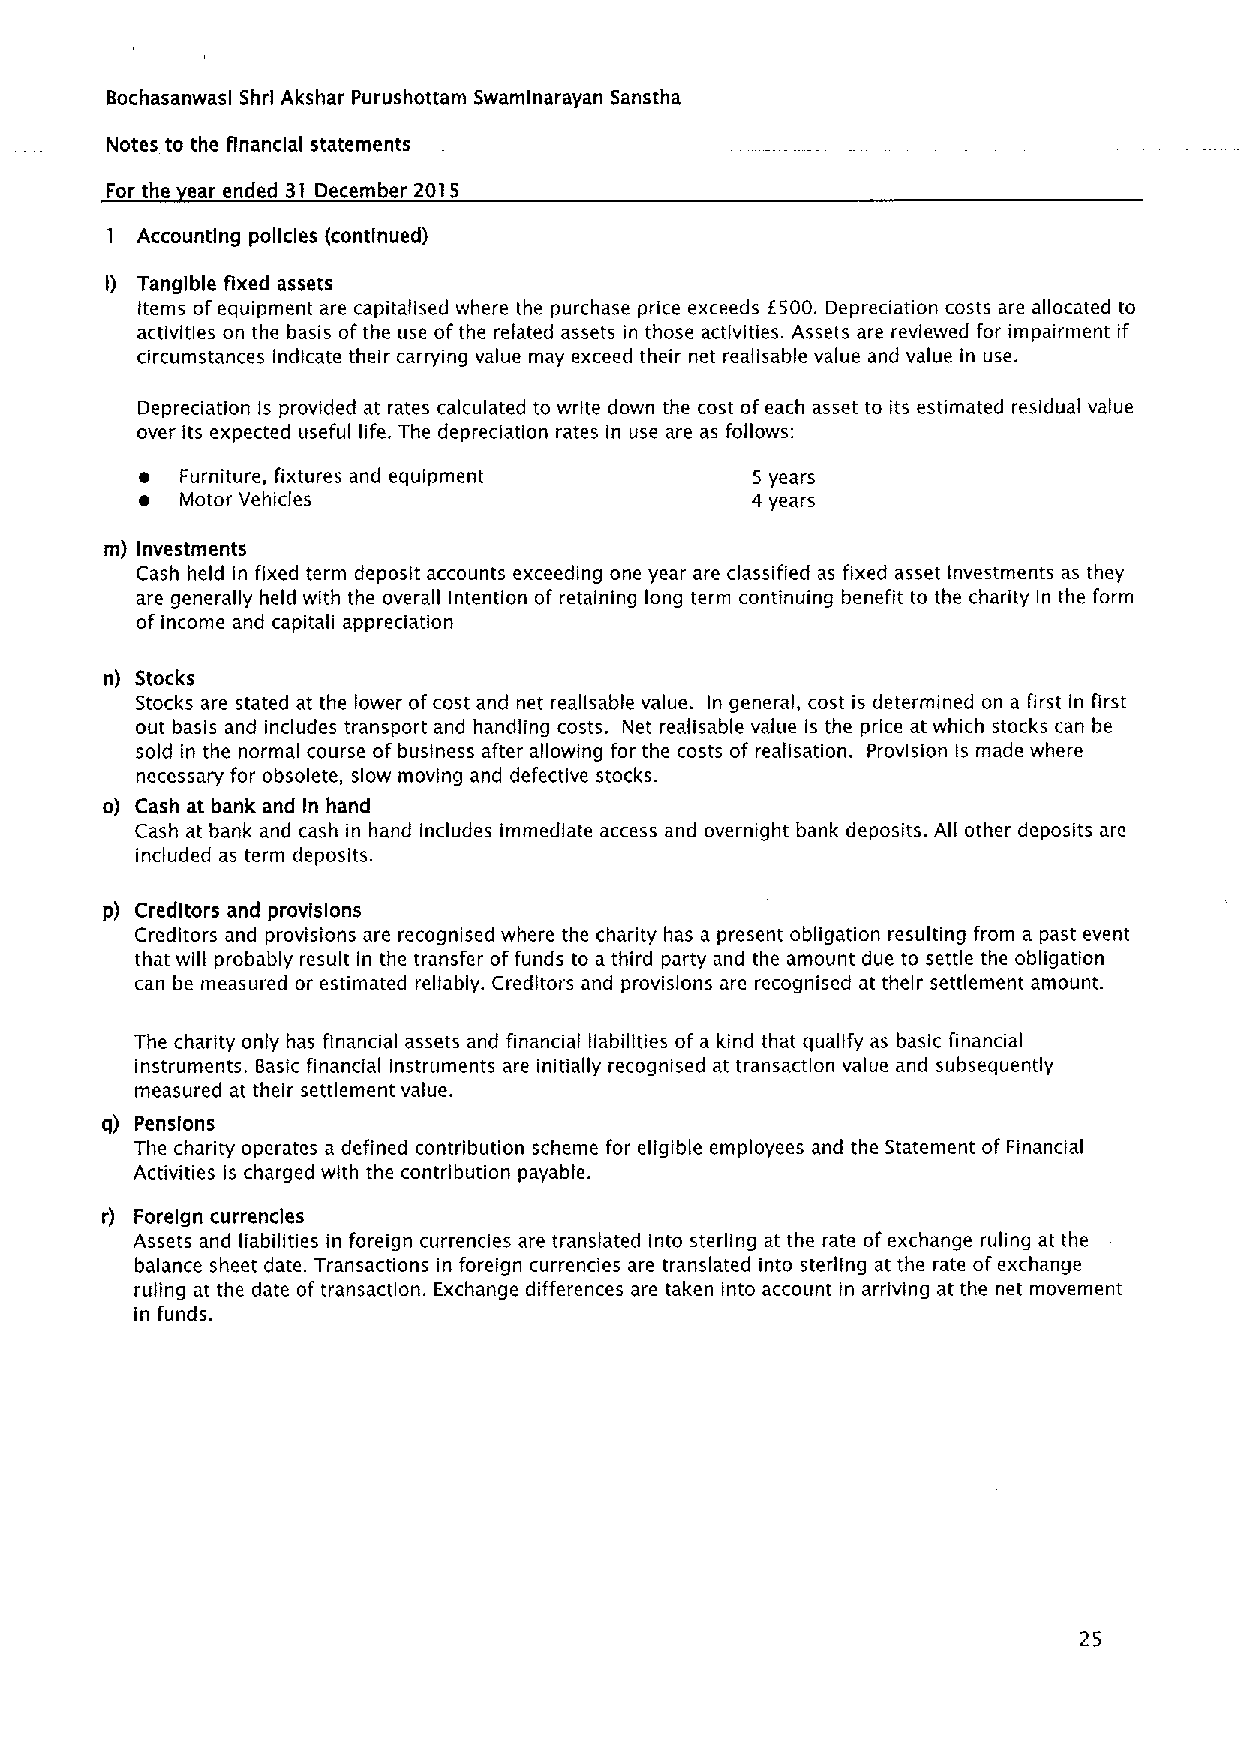
Bochasanwasl Shrl Akshar Purushottam Swamlnarayan Sanstha
 Notes to the financial statements
 For the ear ended 31 December 2015
 1 Accounting policies («ontlnued)
 I) Tangible fixed assets
 items ofequipment are capitalised where the purchase price exceeds f500. Depreciation costs are allocated to
 activities on the basis ofthe use ofthe related assets in those activities. Assets are reviewed for impairment if
 circumstances indicate their carrying value may exceed their net realisable value and value in use.
 Depreciation is provided at rates calculated to write down the cost ofeach asset to its estimated residual value
 over its expected useful life. The depreciation rates in use are as follows:
 ~  Furniture, fixtures and equipment     5 years
 ~  Motor Vehicles                        4 years
 m) Investments
 Cash held in fixed term deposit accounts exceeding one year are classified as fixed asset Investments as they
 are generally held with the overall Intention of retaining long term continuing benefit to the charity In the form
 of income and capitali appreciation
 n) Stocks
 Stocks are stated at the lower ofcost and net reallsable value. In general, cost is determined on a first in first
 out basis and includes transport and handling costs. Net realisable value is the price at which stocks can be
 sold in the normal course of business after allowing for the costs of realisation. Provision Is made where
 necessary for obsolete, slow moving and defective stocks.
 o) Cash at bank and ln hand
 Cash at bank and cash in hand includes immediate access and overnight bank deposits. All other deposits are
 included as term deposits.
 p) Creditors and provisions
 Creditors and provisions are recognised where the charity has a present obligation resulting from a past event
 that will probably result in the transfer offunds to a third party and the amount due to settle the obligation
 can be measured or estimated reliably. Creditors and provisions are recognised at their settlement amount.
 The charity only has financial assets and financial liabilities of a kind that qualify as basic financial
 instruments. Basic financial instruments are initially recognised at transaction value and subsequently
 measured at their settlement value.
 q) Pensions
 The charity operates a defined contribution scheme for eligible employees and the Statement of Financial
 Activities is charged with the contribution payable.
 r) Foreign currencies
 Assets and liabilities in foreign currencies are translated into sterling at the rate ofexchange ruling at the
 balance sheet date. Transactions in foreign currencies are translated into sterling at the rate ofexchange
 ruling at the date of transaction. Exchange differences are taken into account in arriving at the net movement
 in funds.
 25